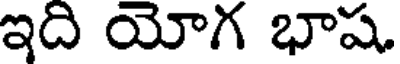
ఇది యోగ భాష.